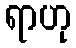
ရာဟု